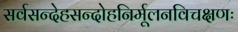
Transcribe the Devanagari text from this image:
सर्वसन्देहसन्दोहनिर्मूलनविचक्षणः